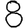
Digit: 8